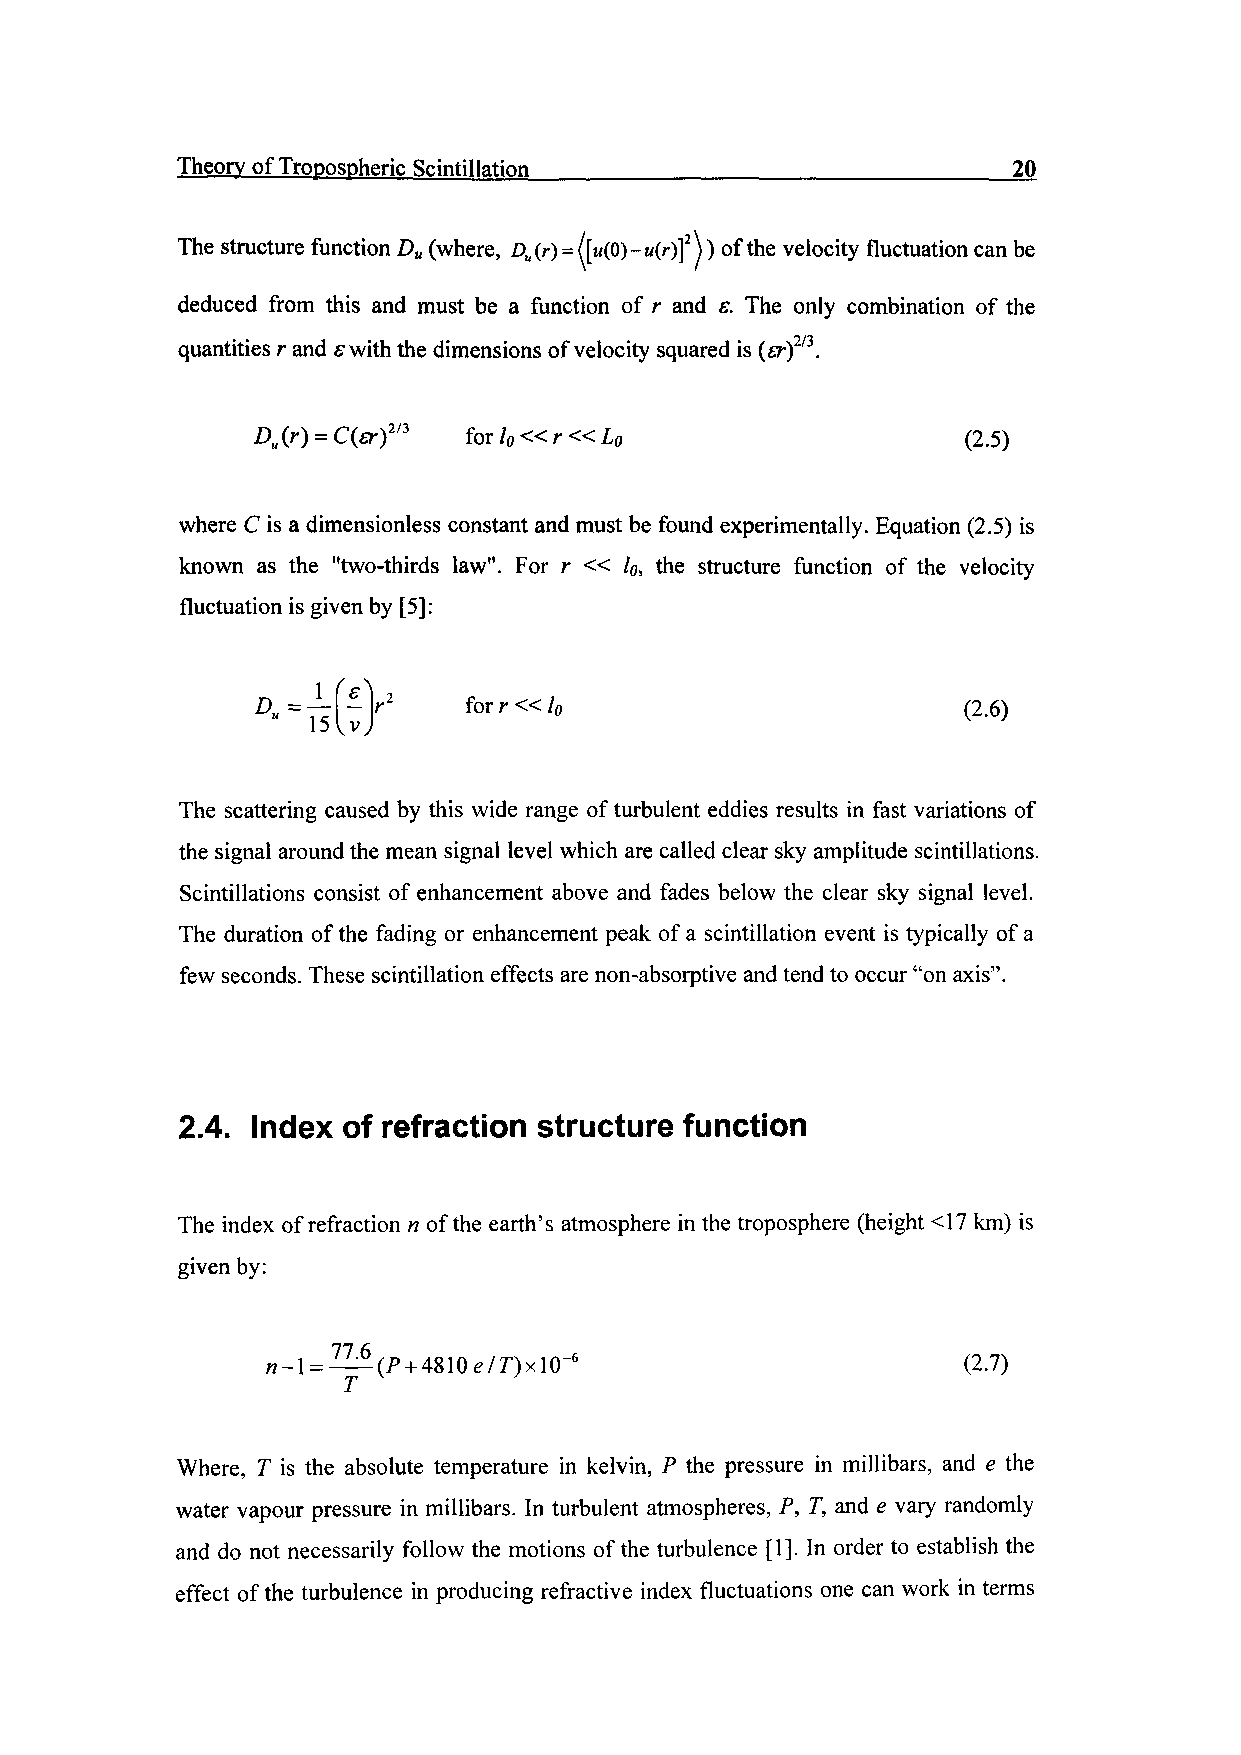
Theory of Tropospheric Scintillation____________________________20
 The structure function Du (where, Du(r) = (\u(0)-u(r)]2\) of the velocity fluctuation can be
 deduced from this and must be a function of r and s. The only combination of the
 quantities r and swith the dimensions of velocity squared is (fr)2/3.
 Du (r) = C(£r)2/J for /«,« r « L0              (2.5)
 where C is a dimensionless constant and must be found experimentally. Equation (2.5) is
 known as the "two-thirds law". For r « lo, the structure function of the velocity
 fluctuation is given by [5]:
 7Z\-r      forr«l0                          (2.6)
 15lvJ
 The scattering caused by this wide range of turbulent eddies results in fast variations of
 the signal around the mean signal level which are called clear sky amplitude scintillations.
 Scintillations consist of enhancement above and fades below the clear sky signal level.
 The duration of the fading or enhancement peak of a scintillation event is typically of a
 few seconds. These scintillation effects are non-absorptive and tend to occur "on axis".
 2.4. Index of refraction structure function
 The index of refraction n of the earth's atmosphere in the troposphere (height <17 km) is
 given by:
 CP + 4810e/r)xl(r6                     (2.7)
 Where, T is the absolute temperature in kelvin, P the pressure in millibars, and e the
 water vapour pressure in millibars. In turbulent atmospheres, P, T, and e vary randomly
 and do not necessarily follow the motions of the turbulence [1]. In order to establish the
 effect of the turbulence in producing refractive index fluctuations one can work in terms